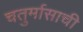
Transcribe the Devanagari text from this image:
चतुर्मासाची